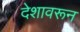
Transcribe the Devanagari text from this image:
देशावरून